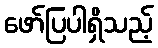
ဖော်ပြပါရှိသည့်